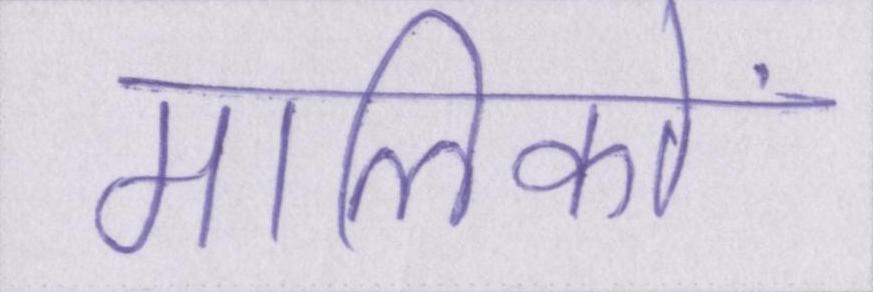
मालिकों